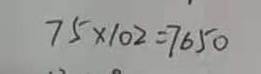
7 5 \times 1 0 2 = 7 6 5 0